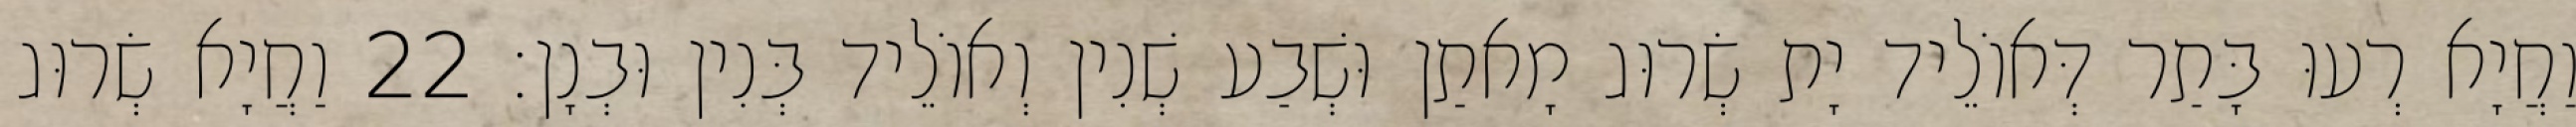
וַחֲיָא רְעוּ בָּתַר דְּאוֹלֵיד יָת שְׂרוּג מָאתַן וּשְׁבַע שְׁנִין וְאוֹלֵיד בְּנִין וּבְנָן׃ 22 וַחֲיָא שְׂרוּג